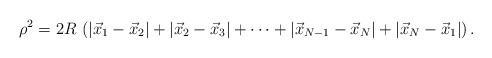
LaTeX: \begin{align*}\rho^2 =2R \,\left(|\vec x_1-\vec x_{2}|+|\vec x_2-\vec x_{3}|+\cdots+|\vec x_{N-1}-\vec x_N|+|\vec x_N-\vec x_{1}|\right).\end{align*}